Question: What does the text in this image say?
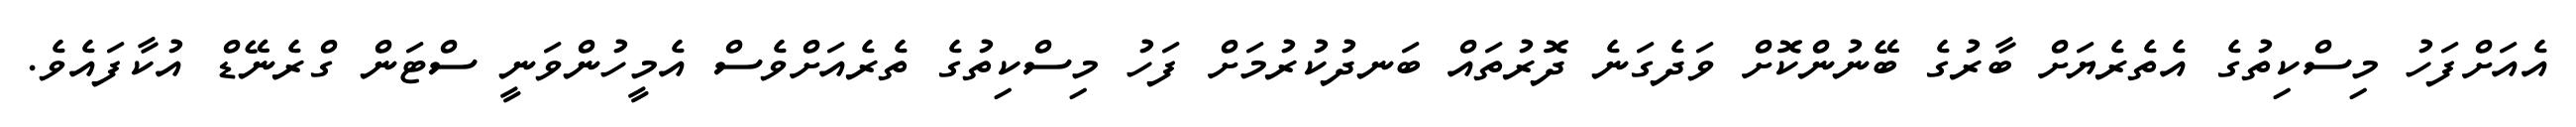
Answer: އެއަށްފަހު މިސްކިތުގެ އެތެރެޔަށް ބާރުގެ ބޭނުންކޮށް ވަދެގަނެ ދޮރުތައް ބަނދުކުރުމަށް ފަހު މިސްކިތުގެ ތެރެއަށްވެސް އެމީހުންވަނީ ސްޓަން ގްރެނޭޑް އުކާފައެވެ.